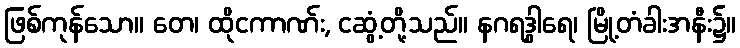
ဖြစ်ကုန်သော။ တေ၊ ထိုငကာဏ်း, ငဆွံ့တို့သည်။ နဂရဒွါရေ၊ မြို့တံခါးအနီး၌။